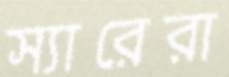
স্যারেরা